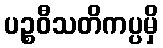
ပဉ္စဝီသတိကပ္ပမှိ